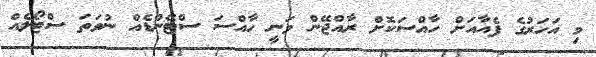
މި އަހަރުގެ ފެއާއަށް ހާއްސަކޮށް ރާއްޖޭން ވަނީ ހާއްސަ ސްޓޭންޑެއް ނުވަތަ ސްޓޯލެއް